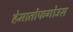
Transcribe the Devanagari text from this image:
हेमातोफगोउस